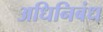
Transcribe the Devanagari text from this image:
अधिनिबंध